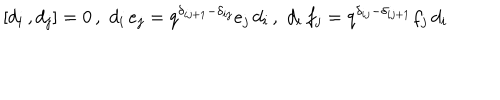
LaTeX: [ d _ { i } \, , d _ { j } ] = 0 \, , \, \, d _ { i } \, e _ { j } = q ^ { { \delta } _ { i j + 1 } - { \delta } _ { i j } } e _ { j } \, d _ { i } \, , \, \, d _ { i } \, f _ { j } = q ^ { { \delta } _ { i j } - { \delta } _ { i j + 1 } } f _ { j } \, d _ { i }